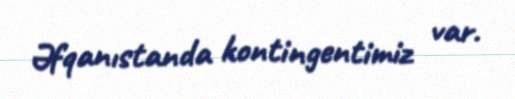
Əfqanıstanda kontingentimiz var.